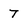
Character: 7